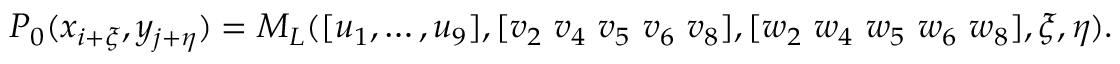
P _ { 0 } ( x _ { i + \xi } , y _ { j + \eta } ) = M _ { L } ( [ u _ { 1 } , \dots , u _ { 9 } ] , [ v _ { 2 } ~ v _ { 4 } ~ v _ { 5 } ~ v _ { 6 } ~ v _ { 8 } ] , [ w _ { 2 } ~ w _ { 4 } ~ w _ { 5 } ~ w _ { 6 } ~ w _ { 8 } ] , \xi , \eta ) .